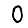
Digit: 0